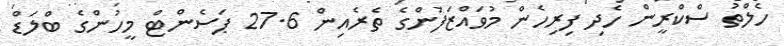
ހެލްތު ސްކްރީން ހެދި ފިރިހެން މުވައްޒަފުންގެ ތެރެއިން 27.6 ޕަސެންޓް މީހުންގެ ބްލަޑް